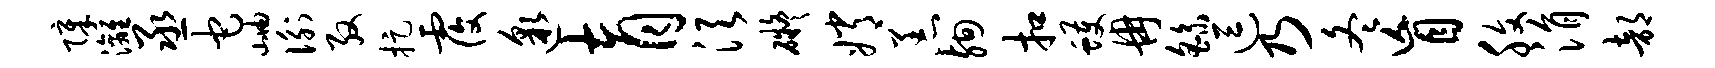
障漓丞它岫衡殷捉覆邈育须碍嫦恙殉扣蠖冉繇逗乃冬盲腹涓部